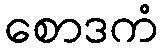
စောဒကံ